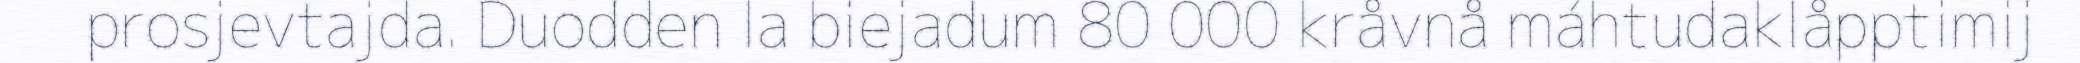
prosjevtajda. Duodden la biejadum 80 000 kråvnå máhtudaklåpptimij